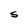
Character: S